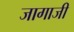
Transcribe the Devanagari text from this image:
जागाजी